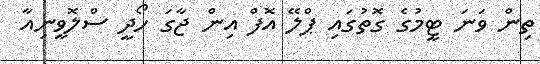
ތިން ވަނަ ޓީމުގެ ގޮތުގައި ޕްލޭ އޮފް އިން ޖާގަ ހޯދީ ސްލޮވީނިއާ